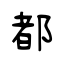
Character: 都